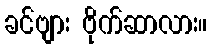
ခင်ဗျား ဗိုက်ဆာလား။